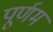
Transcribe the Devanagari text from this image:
पूर्णम